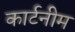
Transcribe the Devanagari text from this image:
कार्टनीम